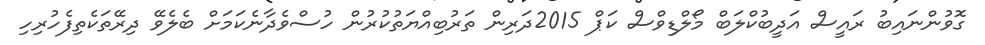
ގޮވުންނައިބު ރައީސް އަދީބުކްލަބް މޯލްޑިވްސް ކަޕް 2015ދަރިން ތަރުބިއްޔަތުކުރުން ހުސްވެދާނެކަމަށް ބެލެވޭ ދިރޭތަކެތިފެހުރިހި